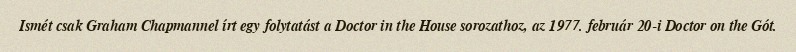
Ismét csak Graham Chapmannel írt egy folytatást a Doctor in the House sorozathoz, az 1977. február 20-i Doctor on the Gót.